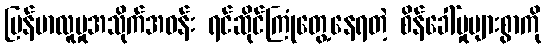
မြန်မာလူမှုအသိုက်အဝန်း ရင်ဆိုင်ကြုံတွေ့နေရတဲ့ စိန်ခေါ်မှုများစွာကို